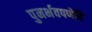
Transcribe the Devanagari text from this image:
पुनर्भवपणेहि